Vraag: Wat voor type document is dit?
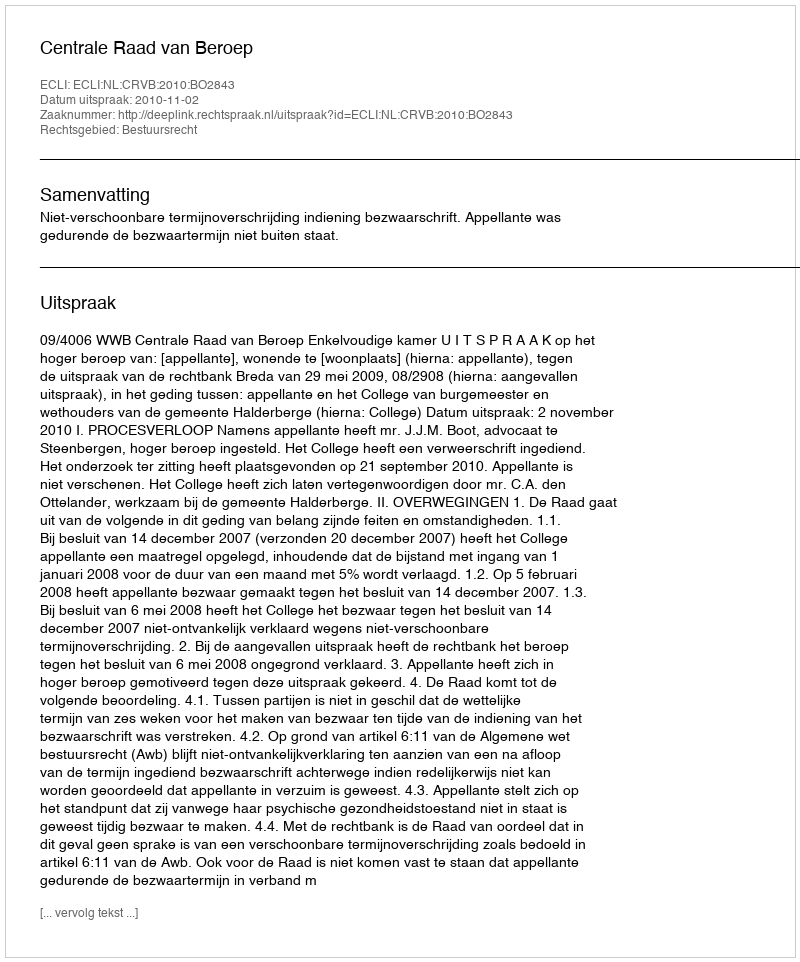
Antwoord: Uitspraak